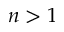
n > 1